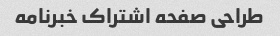
طراحی صفحه اشتراک خبرنامه